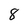
Character: 8